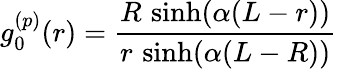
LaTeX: g_{0}^{(p)}(r)=\frac{R\, \sinh(\alpha(L-r))}{r\, \sinh(\alpha(L-R))}